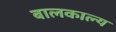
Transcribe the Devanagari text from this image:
बालकाल्य